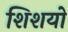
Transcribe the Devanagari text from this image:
शिशयो